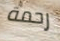
رحمة